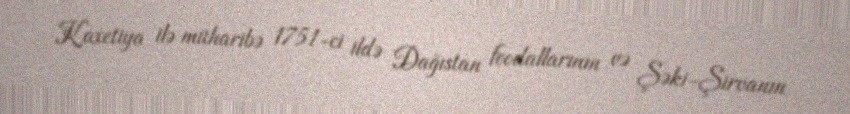
Kaxetiya ilə müharibə 1751-ci ildə Dağıstan feodallarının və Şəki-Şirvanın